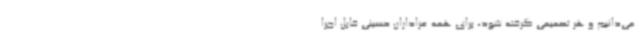
می‌دانیم و هر تصمیمی گرفته شود، برای همه عزاداران حسینی قابل اجرا